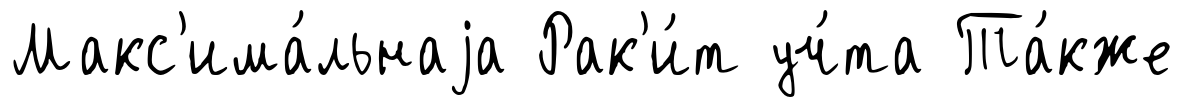
Макс'има́льнаjа Рак'и́т уч́та Та́кже